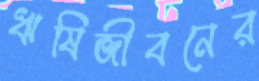
ঋষিজীবনের